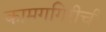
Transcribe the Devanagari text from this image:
कामगगिरीची